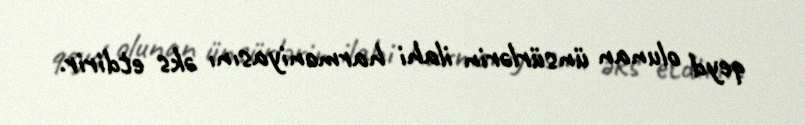
qeyd olunan ünsürlərin ilahi harmoniyasını əks etdirir.